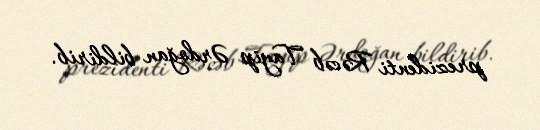
prezidenti Rəcəb Tayip Ərdoğan bildirib.